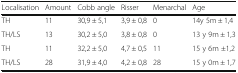
| Localisation | Amount | Cobb angle | Risser | Menarchal | Age |
 | --- | --- | --- | --- | --- | --- |
 | TH | 11 | 30,9 ± 5,1 | 3,9 ± 0,8 | 0 | 14y 5m ± 1,4 |
 | TH/LS | 13 | 30,2 ± 5,0 | 3,8 ± 0,8 | 0 | 13 y 9m ± 1,3 |
 | TH | 11 | 32,2 ± 5,0 | 4,7 ± 0,5 | 11 | 15 y 6m ±1,2 |
 | TH/LS | 28 | 31,9 ± 4,0 | 4,2 ± 0,8 | 28 | 15 y 0m ± 1,7 |